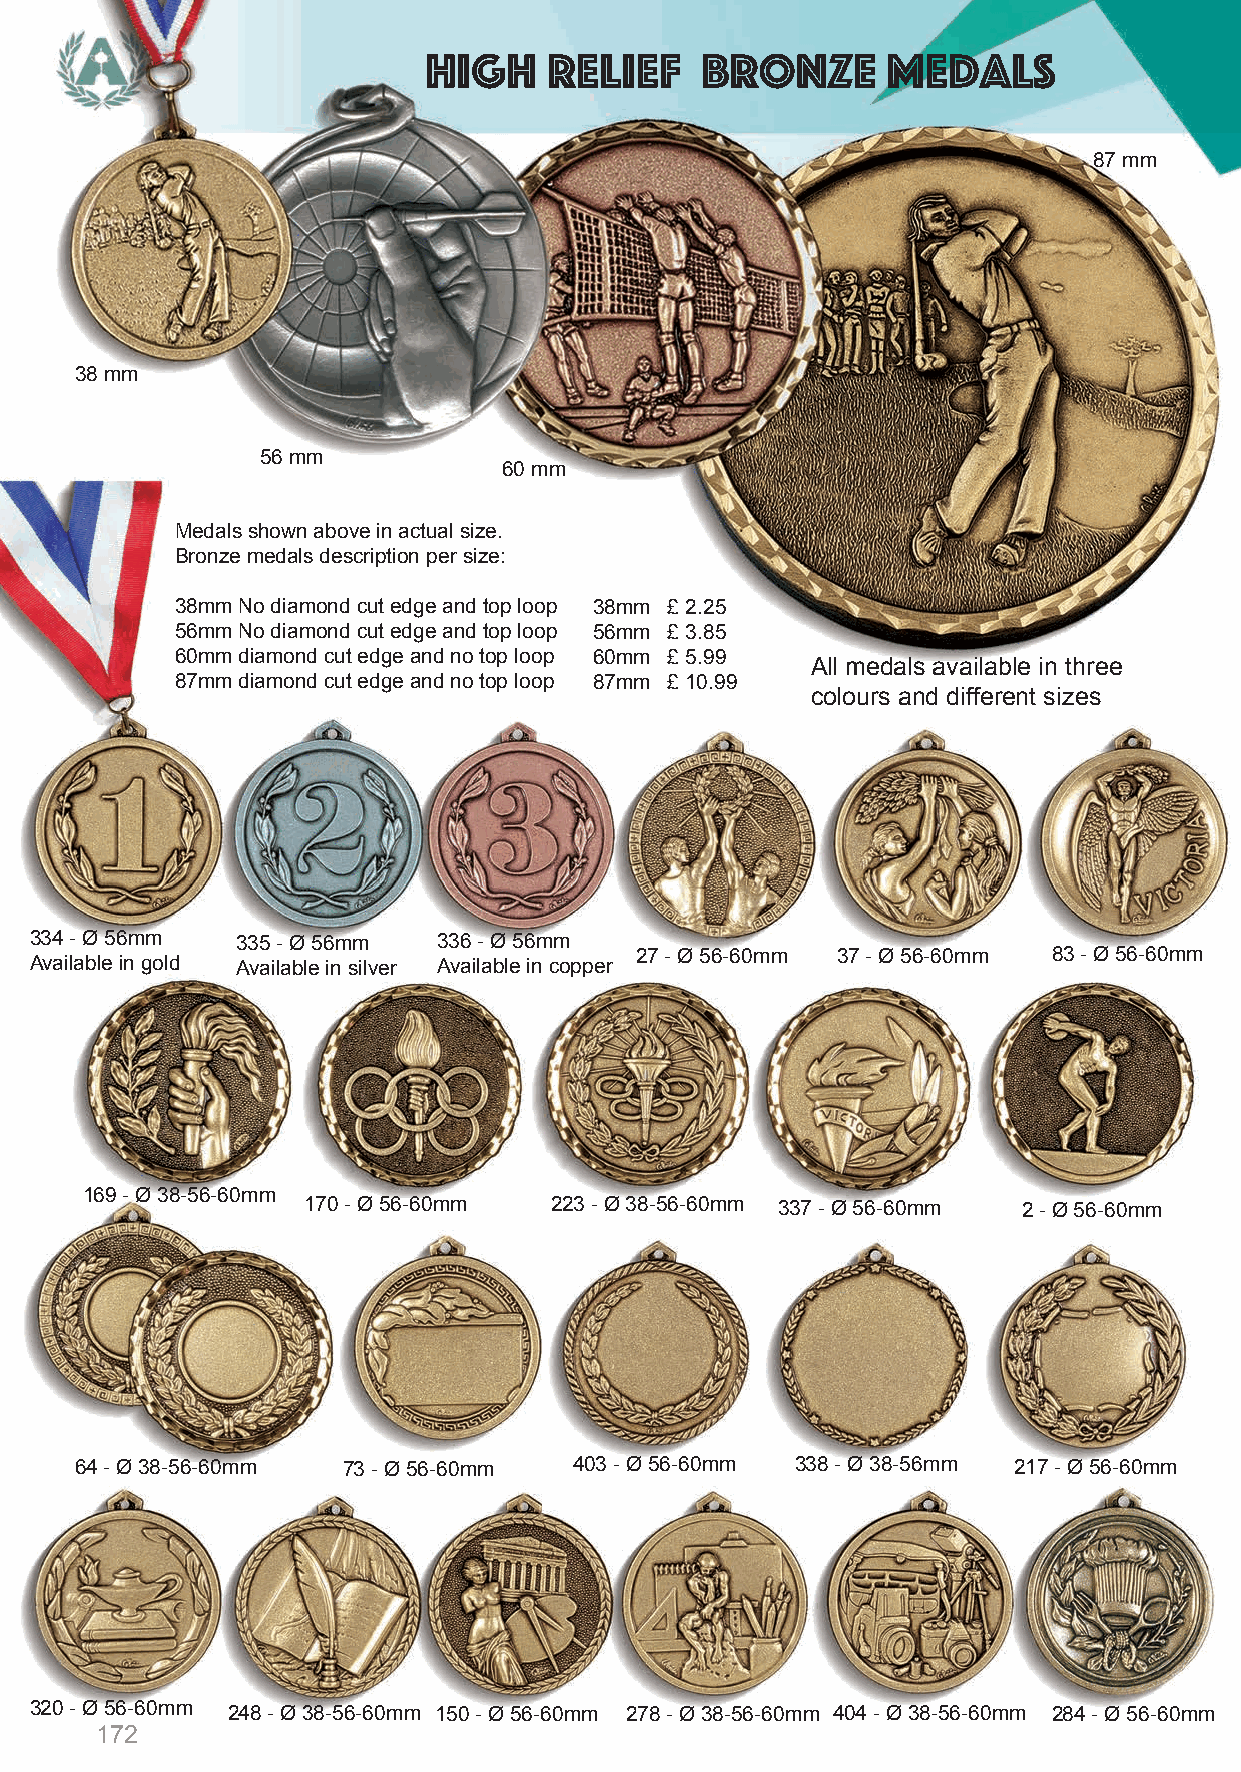
High    Relief    Bronze       Medals
 87 mm
 38 mm
 56 mm
 60 mm
 Medals shown above in actual size.
 Bronze medals description per size:
 38mm No diamond cut edge and top loop 38mm £ 2.25
 56mm No diamond cut edge and top loop 56mm £ 3.85
 60mm diamond cut edge and no top loop 60mm £ 5.99
 All medals available in three
 87mm diamond cut edge and no top loop 87mm £ 10.99
 colours and different sizes
 334 - Ø 56mm  335 - Ø 56mm 336 - Ø 56mm
 27 - Ø 56-60mm 37 - Ø 56-60mm 83 - Ø 56-60mm
 Available in gold Available in silver Available in copper
 169 - Ø 38-56-60mm
 170 - Ø 56-60mm 223 - Ø 38-56-60mm 337 - Ø 56-60mm 2 - Ø 56-60mm
 64 - Ø 38-56-60mm 73 - Ø 56-60mm 403 - Ø 56-60mm 338 - Ø 38-56mm 217 - Ø 56-60mm
 320 - Ø 56-60mm 248 - Ø 38-56-60mm 150 - Ø 56-60mm 278 - Ø 38-56-60mm 404 - Ø 38-56-60mm 284 - Ø 56-60mm
 172